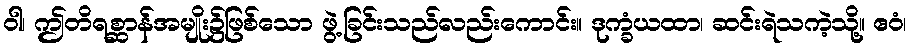
ဝါ၊ ဤတိရစ္ဆာန်အမျိုး၌ဖြစ်သော ဖွဲ့ခြင်းသည်လည်းကောင်း။ ဒုက္ခံယထာ၊ ဆင်းရဲသကဲ့သို့။ ဧဝံ၊